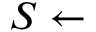
S \gets